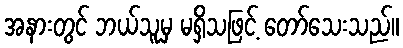
အနားတွင် ဘယ်သူမှ မရှိသဖြင့် တော်သေးသည်။